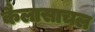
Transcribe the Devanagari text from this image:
कैलासाचल